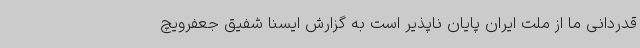
قدردانی ما از ملت ایران پایان ناپذیر است به گزارش ایسنا شفیق جعفرویچ